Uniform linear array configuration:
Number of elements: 24
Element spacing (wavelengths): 0.5
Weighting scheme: blackman
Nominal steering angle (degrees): -30
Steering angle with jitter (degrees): -29.669
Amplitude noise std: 0.05
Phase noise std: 0.05

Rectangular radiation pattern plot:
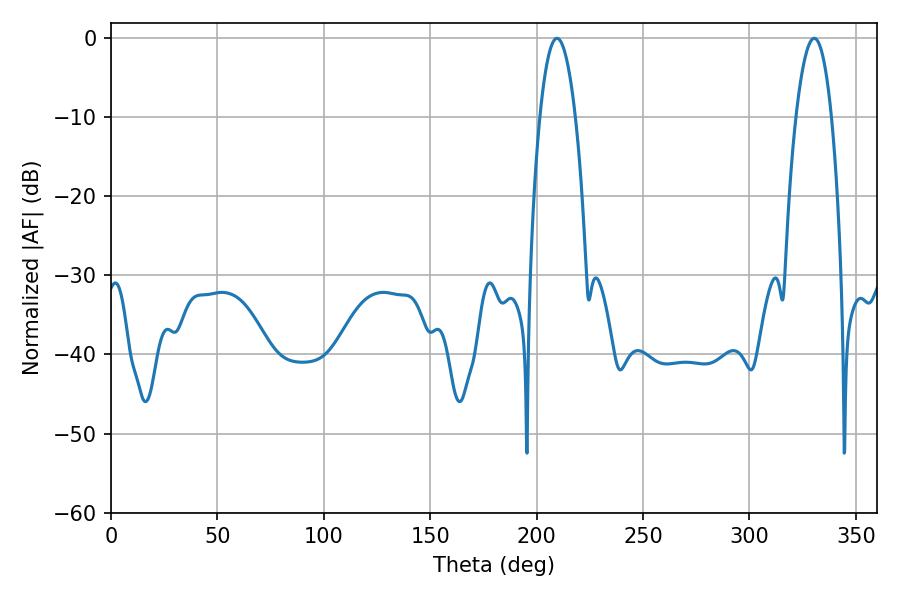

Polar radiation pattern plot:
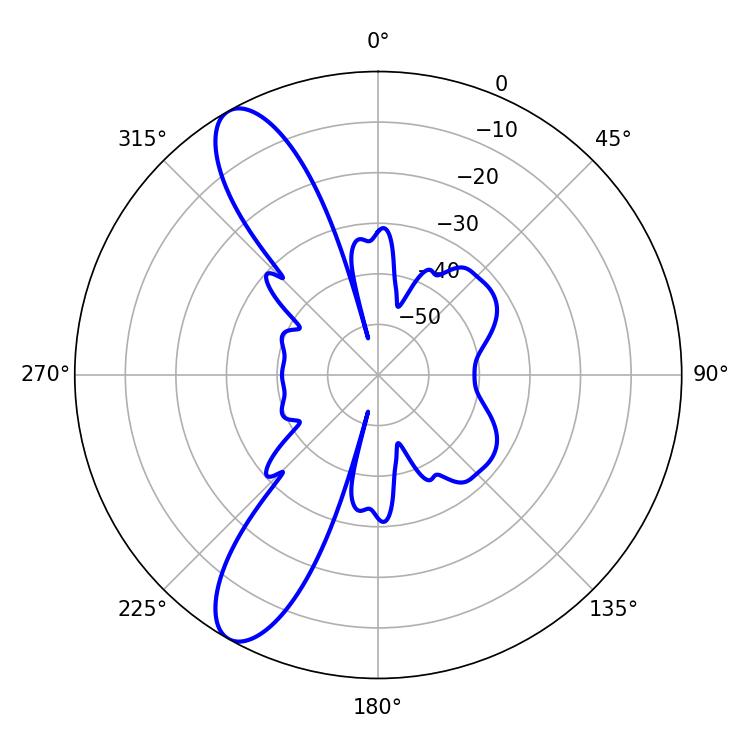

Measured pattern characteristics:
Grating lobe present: FALSE
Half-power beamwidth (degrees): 9.18
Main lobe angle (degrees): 209.52